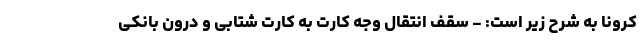
کرونا به شرح زیر است: - سقف انتقال وجه کارت به کارت شتابی و درون بانکی